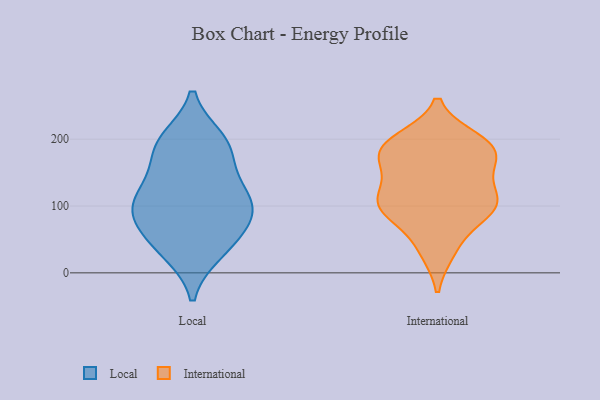
{"axis": {"x": "Population (Million)", "y": "Value"}, "legend": ["International", "Local"], "data": [{"x": "", "y": 114, "type": "Local"}, {"x": "", "y": 87, "type": "Local"}, {"x": "", "y": 97, "type": "Local"}, {"x": "", "y": 57, "type": "Local"}, {"x": "", "y": 193, "type": "Local"}, {"x": "", "y": 200, "type": "Local"}, {"x": "", "y": 30, "type": "Local"}, {"x": "", "y": 174, "type": "Local"}, {"x": "", "y": 125, "type": "Local"}, {"x": "", "y": 100, "type": "Local"}, {"x": "", "y": 31, "type": "Local"}, {"x": "", "y": 146, "type": "Local"}, {"x": "", "y": 94, "type": "Local"}, {"x": "", "y": 62, "type": "Local"}, {"x": "", "y": 197, "type": "Local"}, {"x": "", "y": 33, "type": "International"}, {"x": "", "y": 105, "type": "International"}, {"x": "", "y": 148, "type": "International"}, {"x": "", "y": 102, "type": "International"}, {"x": "", "y": 195, "type": "International"}, {"x": "", "y": 190, "type": "International"}, {"x": "", "y": 98, "type": "International"}, {"x": "", "y": 185, "type": "International"}, {"x": "", "y": 82, "type": "International"}, {"x": "", "y": 97, "type": "International"}, {"x": "", "y": 186, "type": "International"}, {"x": "", "y": 199, "type": "International"}, {"x": "", "y": 184, "type": "International"}, {"x": "", "y": 99, "type": "International"}, {"x": "", "y": 163, "type": "International"}, {"x": "", "y": 123, "type": "International"}, {"x": "", "y": 109, "type": "International"}, {"x": "", "y": 161, "type": "International"}, {"x": "", "y": 37, "type": "International"}]}